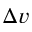
\Delta \v { v }